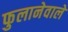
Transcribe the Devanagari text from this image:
फुलानेवाले